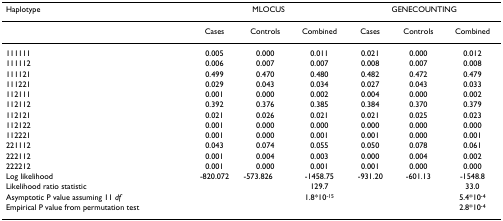
<table><thead><tr><td><b>Haplotype</b></td><td colspan="3"><b>MLOCUS</b></td><td colspan="3"><b>GENECOUNTING</b></td></tr></thead><tbody><tr><td></td><td>Cases</td><td>Controls</td><td>Combined</td><td>Cases</td><td>Controls</td><td>Combined</td></tr><tr><td>111111</td><td>0.005</td><td>0.000</td><td>0.011</td><td>0.021</td><td>0.000</td><td>0.012</td></tr><tr><td>111112</td><td>0.006</td><td>0.007</td><td>0.007</td><td>0.008</td><td>0.007</td><td>0.008</td></tr><tr><td>111121</td><td>0.499</td><td>0.470</td><td>0.480</td><td>0.482</td><td>0.472</td><td>0.479</td></tr><tr><td>111221</td><td>0.029</td><td>0.043</td><td>0.034</td><td>0.027</td><td>0.043</td><td>0.033</td></tr><tr><td>112111</td><td>0.001</td><td>0.000</td><td>0.002</td><td>0.004</td><td>0.000</td><td>0.002</td></tr><tr><td>112112</td><td>0.392</td><td>0.376</td><td>0.385</td><td>0.384</td><td>0.370</td><td>0.379</td></tr><tr><td>112121</td><td>0.021</td><td>0.026</td><td>0.021</td><td>0.021</td><td>0.025</td><td>0.023</td></tr><tr><td>112122</td><td>0.001</td><td>0.000</td><td>0.000</td><td>0.000</td><td>0.000</td><td>0.000</td></tr><tr><td>112221</td><td>0.001</td><td>0.000</td><td>0.001</td><td>0.001</td><td>0.000</td><td>0.001</td></tr><tr><td>221112</td><td>0.043</td><td>0.074</td><td>0.055</td><td>0.050</td><td>0.078</td><td>0.061</td></tr><tr><td>222112</td><td>0.001</td><td>0.004</td><td>0.003</td><td>0.000</td><td>0.004</td><td>0.002</td></tr><tr><td>222212</td><td>0.001</td><td>0.000</td><td>0.001</td><td>0.001</td><td>0.000</td><td>0.000</td></tr><tr><td>Log likelihood</td><td>-820.072</td><td>-573.826</td><td>-1458.75</td><td>-931.20</td><td>-601.13</td><td>-1548.8</td></tr><tr><td>Likelihood ratio statistic</td><td></td><td></td><td>129.7</td><td></td><td></td><td>33.0</td></tr><tr><td>Asymptotic P value assuming 11 <i>df</i></td><td></td><td></td><td>1.8*10<sup>-15</sup></td><td></td><td></td><td>5.4*10<sup>-4</sup></td></tr><tr><td>Empirical P value from permutation test</td><td></td><td></td><td></td><td></td><td></td><td>2.8*10<sup>-4</sup></td></tr></tbody></table>